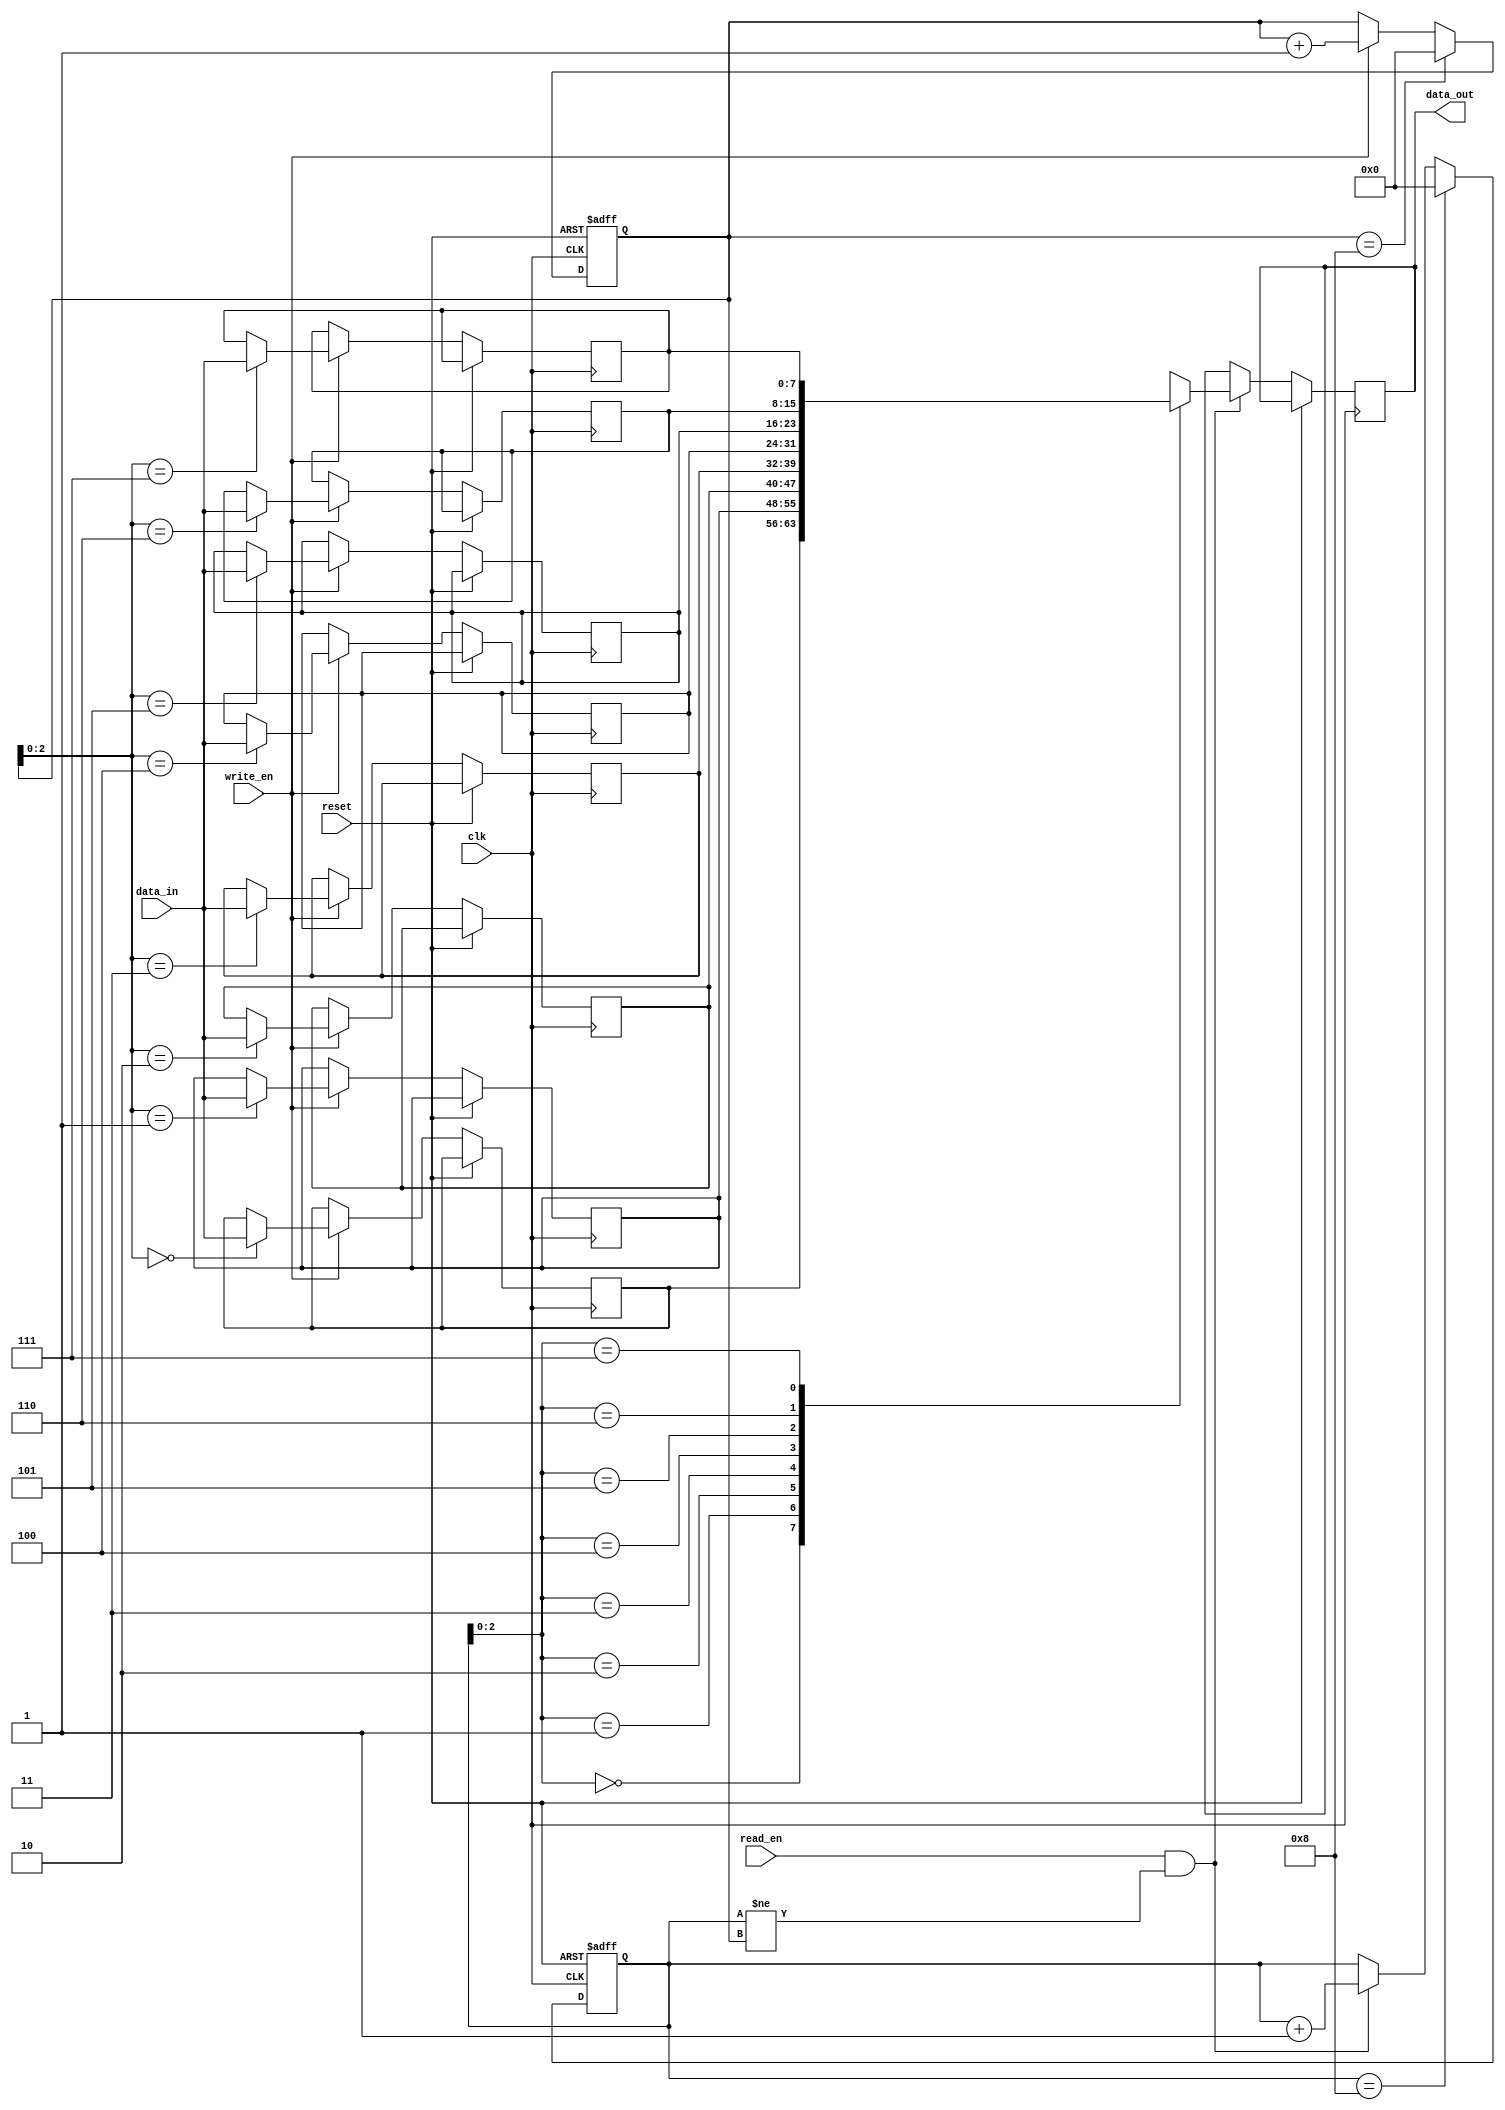
module synchronous_fifo (
    input wire clk,
    input wire reset,
    input wire write_en,
    input wire read_en,
    input wire [7:0] data_in,
    output reg [7:0] data_out
);

parameter DEPTH = 8;
reg [7:0] memory [0:DEPTH-1];
reg [3:0] read_ptr = 0;
reg [3:0] write_ptr = 0;

always @(posedge clk or posedge reset) begin
    if (reset) begin
        read_ptr <= 0;
        write_ptr <= 0;
    end
    else begin
        if (read_en && (read_ptr != write_ptr)) begin
            data_out <= memory[read_ptr];
            read_ptr <= read_ptr + 1;
        end
        
        if (write_en) begin
            memory[write_ptr] <= data_in;
            write_ptr <= write_ptr + 1;
        end
        
        if (read_ptr == DEPTH) begin
            read_ptr <= 0;
        end
        if (write_ptr == DEPTH) begin
            write_ptr <= 0;
        end
    end
end

endmodule